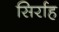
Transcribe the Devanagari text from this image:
सिर्राह